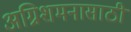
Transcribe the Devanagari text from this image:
अग्निशमनासाठी